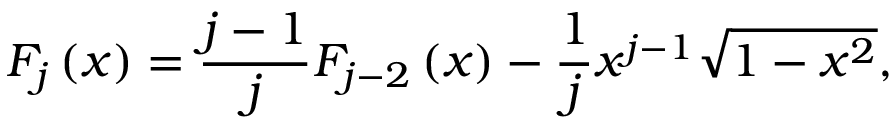
F _ { j } \left( x \right) = \frac { j - 1 } { j } F _ { j - 2 } \left( x \right) - \frac { 1 } { j } x ^ { j - 1 } \sqrt { 1 - x ^ { 2 } } ,